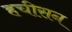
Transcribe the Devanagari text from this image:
हचीसन